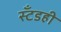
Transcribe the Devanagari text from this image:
स्टँडही